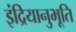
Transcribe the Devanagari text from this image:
इंद्रियानुभूति